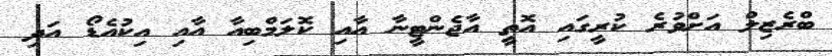
ބްރެޒިލް އަށްވުރެ ކުރީގައި އޮތީ އާޖެންޓީނާ އާއި ކޮލަމްބިއާ އާއި އިކުއެޑޯ އަދި